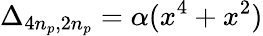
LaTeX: \Delta_{4n_{p},2n_{p}}=\alpha(x^{4}+x^{2})